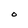
Character: O